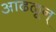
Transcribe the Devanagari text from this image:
आढळून्